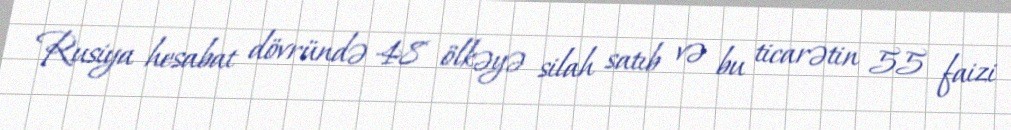
Rusiya hesabat dövründə 48 ölkəyə silah satıb və bu ticarətin 55 faizi